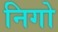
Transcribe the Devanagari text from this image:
निगो